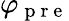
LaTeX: \varphi_{\mathrm{~p~r~e~}}